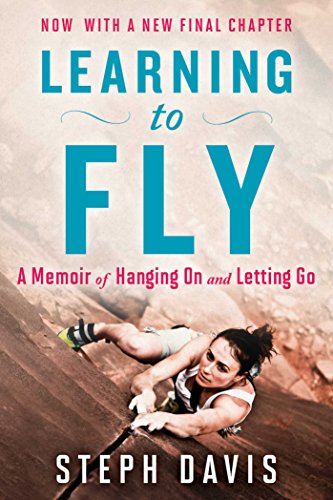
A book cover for Learning to Fly: A Memoir of Hanging On and Letting Go; Steph Davis; Sports & Outdoors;